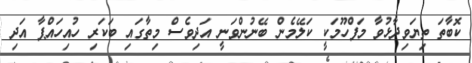
ކޮބާތަ ތިޔަވިދާޅުވާ މަފްހޫމަކީ ކަލޭމެން ބޭނުންވަނީ އަދިވެސް މިތާގައި ބަކަރި ހުއިހައްޕާ އަދި